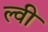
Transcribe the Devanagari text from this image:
ल्वी